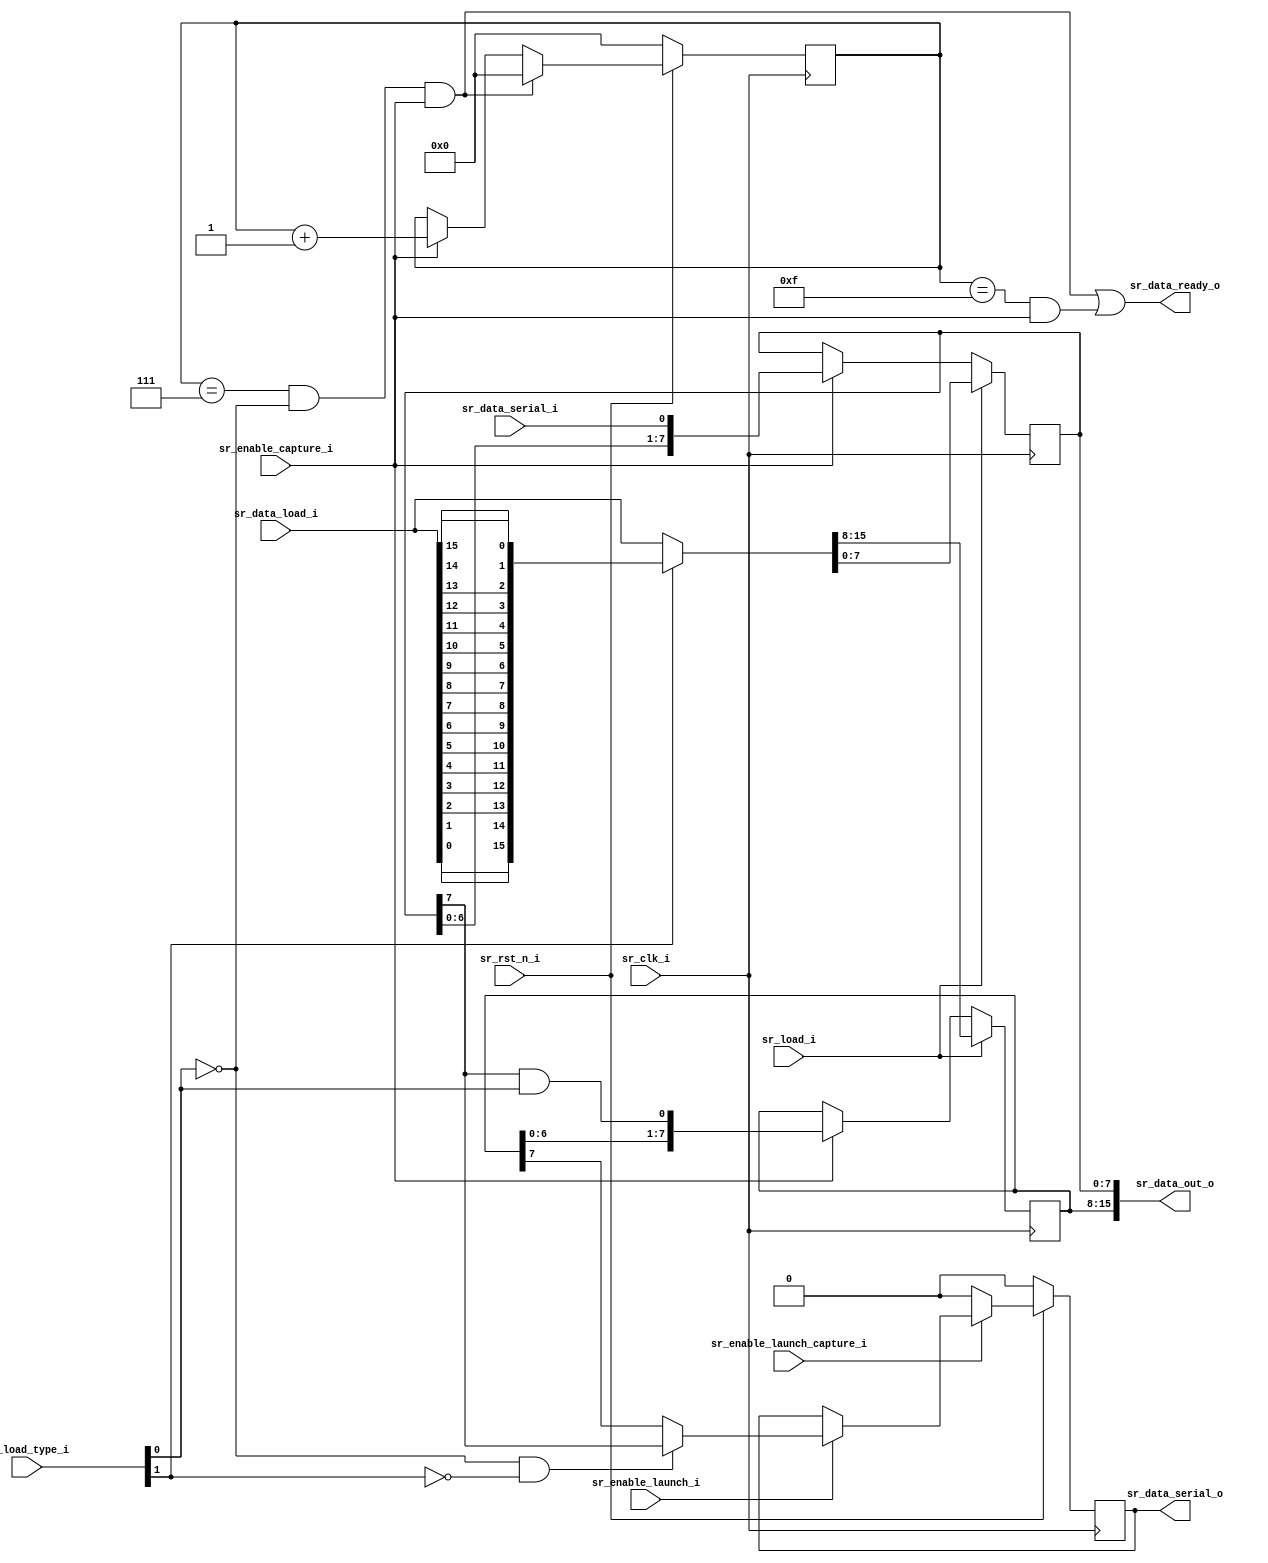
module spi_ip_shift_register
#(
  parameter PARAM_SR_WIDTH = 16 //must be a power of two
)(
  output [PARAM_SR_WIDTH - 1 : 0] sr_data_out_o,
  output reg sr_data_serial_o,
  output sr_data_ready_o,
  input [PARAM_SR_WIDTH - 1 : 0] sr_data_load_i,
  input sr_data_serial_i,
  input [1:0] sr_load_type_i,
  input sr_load_i,
  input sr_enable_launch_i,
  input sr_enable_capture_i,
  input sr_enable_launch_capture_i,
  input sr_rst_n_i,
  input sr_clk_i
);

function integer clogb2;
  input [31:0] value;
  reg div2;
  begin
 	  for (clogb2 = 0; value > 1; clogb2 = clogb2 + 1)
      value = value >> 1;
  end
endfunction

localparam LOAD_MSB_FIRST = 1'b0;
localparam LOAD_LSB_FIRST = 1'b1;
localparam LOAD_HALF_WORD = 1'b0;
localparam LOAD_WORD = 1'b1;

localparam SR_HIGH_FF_END   = PARAM_SR_WIDTH/2 - 1;
localparam SR_LOW_FF_END    = PARAM_SR_WIDTH/2 - 1;

localparam CNT_WIDTH = clogb2(PARAM_SR_WIDTH);

//Registers definition
reg [PARAM_SR_WIDTH/2 - 1 : 0] sr_high_ff;
reg [PARAM_SR_WIDTH/2 - 1 : 0] sr_low_ff;
reg [CNT_WIDTH        - 1 : 0] cnt_ff;

//Internal signals
wire [PARAM_SR_WIDTH - 1 : 0]data_load_reversed;
wire load_type_format;
wire load_type_size;
wire clear_cnt;

//Signals to select data format
assign load_type_size   = sr_load_type_i[0];
assign load_type_format = sr_load_type_i[1];

//Revert bus
generate
  genvar i;
  for(i = 0; i < PARAM_SR_WIDTH; i = i + 1)
    begin
      assign data_load_reversed[i] = sr_data_load_i[PARAM_SR_WIDTH - 1 - i];
    end
endgenerate

//Shift Register Definition 
always @(posedge sr_clk_i)
  begin
    if(sr_load_i)
      {sr_high_ff, sr_low_ff} <= (load_type_format == LOAD_MSB_FIRST) ? sr_data_load_i : data_load_reversed;
    else
      begin
        if(sr_enable_capture_i)
          begin
            sr_high_ff <= {sr_high_ff[SR_HIGH_FF_END - 1 : 0], sr_low_ff[SR_LOW_FF_END] & (load_type_size == LOAD_WORD)};
            sr_low_ff  <= {sr_low_ff[SR_LOW_FF_END - 1 : 0], sr_data_serial_i};
          end
      end
  end

//Launch Flip-flop
always @(posedge sr_clk_i)
  begin
    if(!sr_rst_n_i)
      sr_data_serial_o <= 1'b0;
    else
      begin
        if(!sr_enable_launch_capture_i)
          sr_data_serial_o <= 1'b0;
        else
          if(sr_enable_launch_i)
            sr_data_serial_o <= (load_type_size == LOAD_HALF_WORD && load_type_format == LOAD_MSB_FIRST) ? sr_low_ff[SR_LOW_FF_END] : sr_high_ff[SR_HIGH_FF_END];
      end
  end

//Clear counter when the HALF_WORD bits has arrived. When WORD bits has arrived the counter is "automatically cleared"
//assign clear_cnt = (cnt_ff == PARAM_SR_WIDTH/2 && load_type_size == LOAD_HALF_WORD);
assign clear_cnt = (cnt_ff == PARAM_SR_WIDTH/2 - 1 && load_type_size == LOAD_HALF_WORD && sr_enable_capture_i);

//Counter Definition
always @(posedge sr_clk_i)
  begin
    if(!sr_rst_n_i)
      cnt_ff <= {CNT_WIDTH{1'b0}};
    else
      if(clear_cnt)
        cnt_ff <= {CNT_WIDTH{1'b0}};
      else
        if(sr_enable_capture_i)
          cnt_ff <= cnt_ff + 1'b1;
  end
  
//Indicates reception is completed
assign sr_data_ready_o = (clear_cnt || (cnt_ff == PARAM_SR_WIDTH - 1 && sr_enable_capture_i));

//Output Bus
assign sr_data_out_o = {sr_high_ff, sr_low_ff};    

endmodule